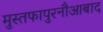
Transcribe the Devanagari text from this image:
मुस्तफापुरनौआबाद